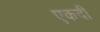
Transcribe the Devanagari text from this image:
एकदी